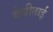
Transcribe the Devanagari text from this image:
बेबीताई